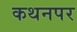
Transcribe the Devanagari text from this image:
कथनपर